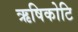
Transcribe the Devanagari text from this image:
ऋषिकोटि